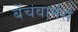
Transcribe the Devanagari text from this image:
बेंचवार्मर्स